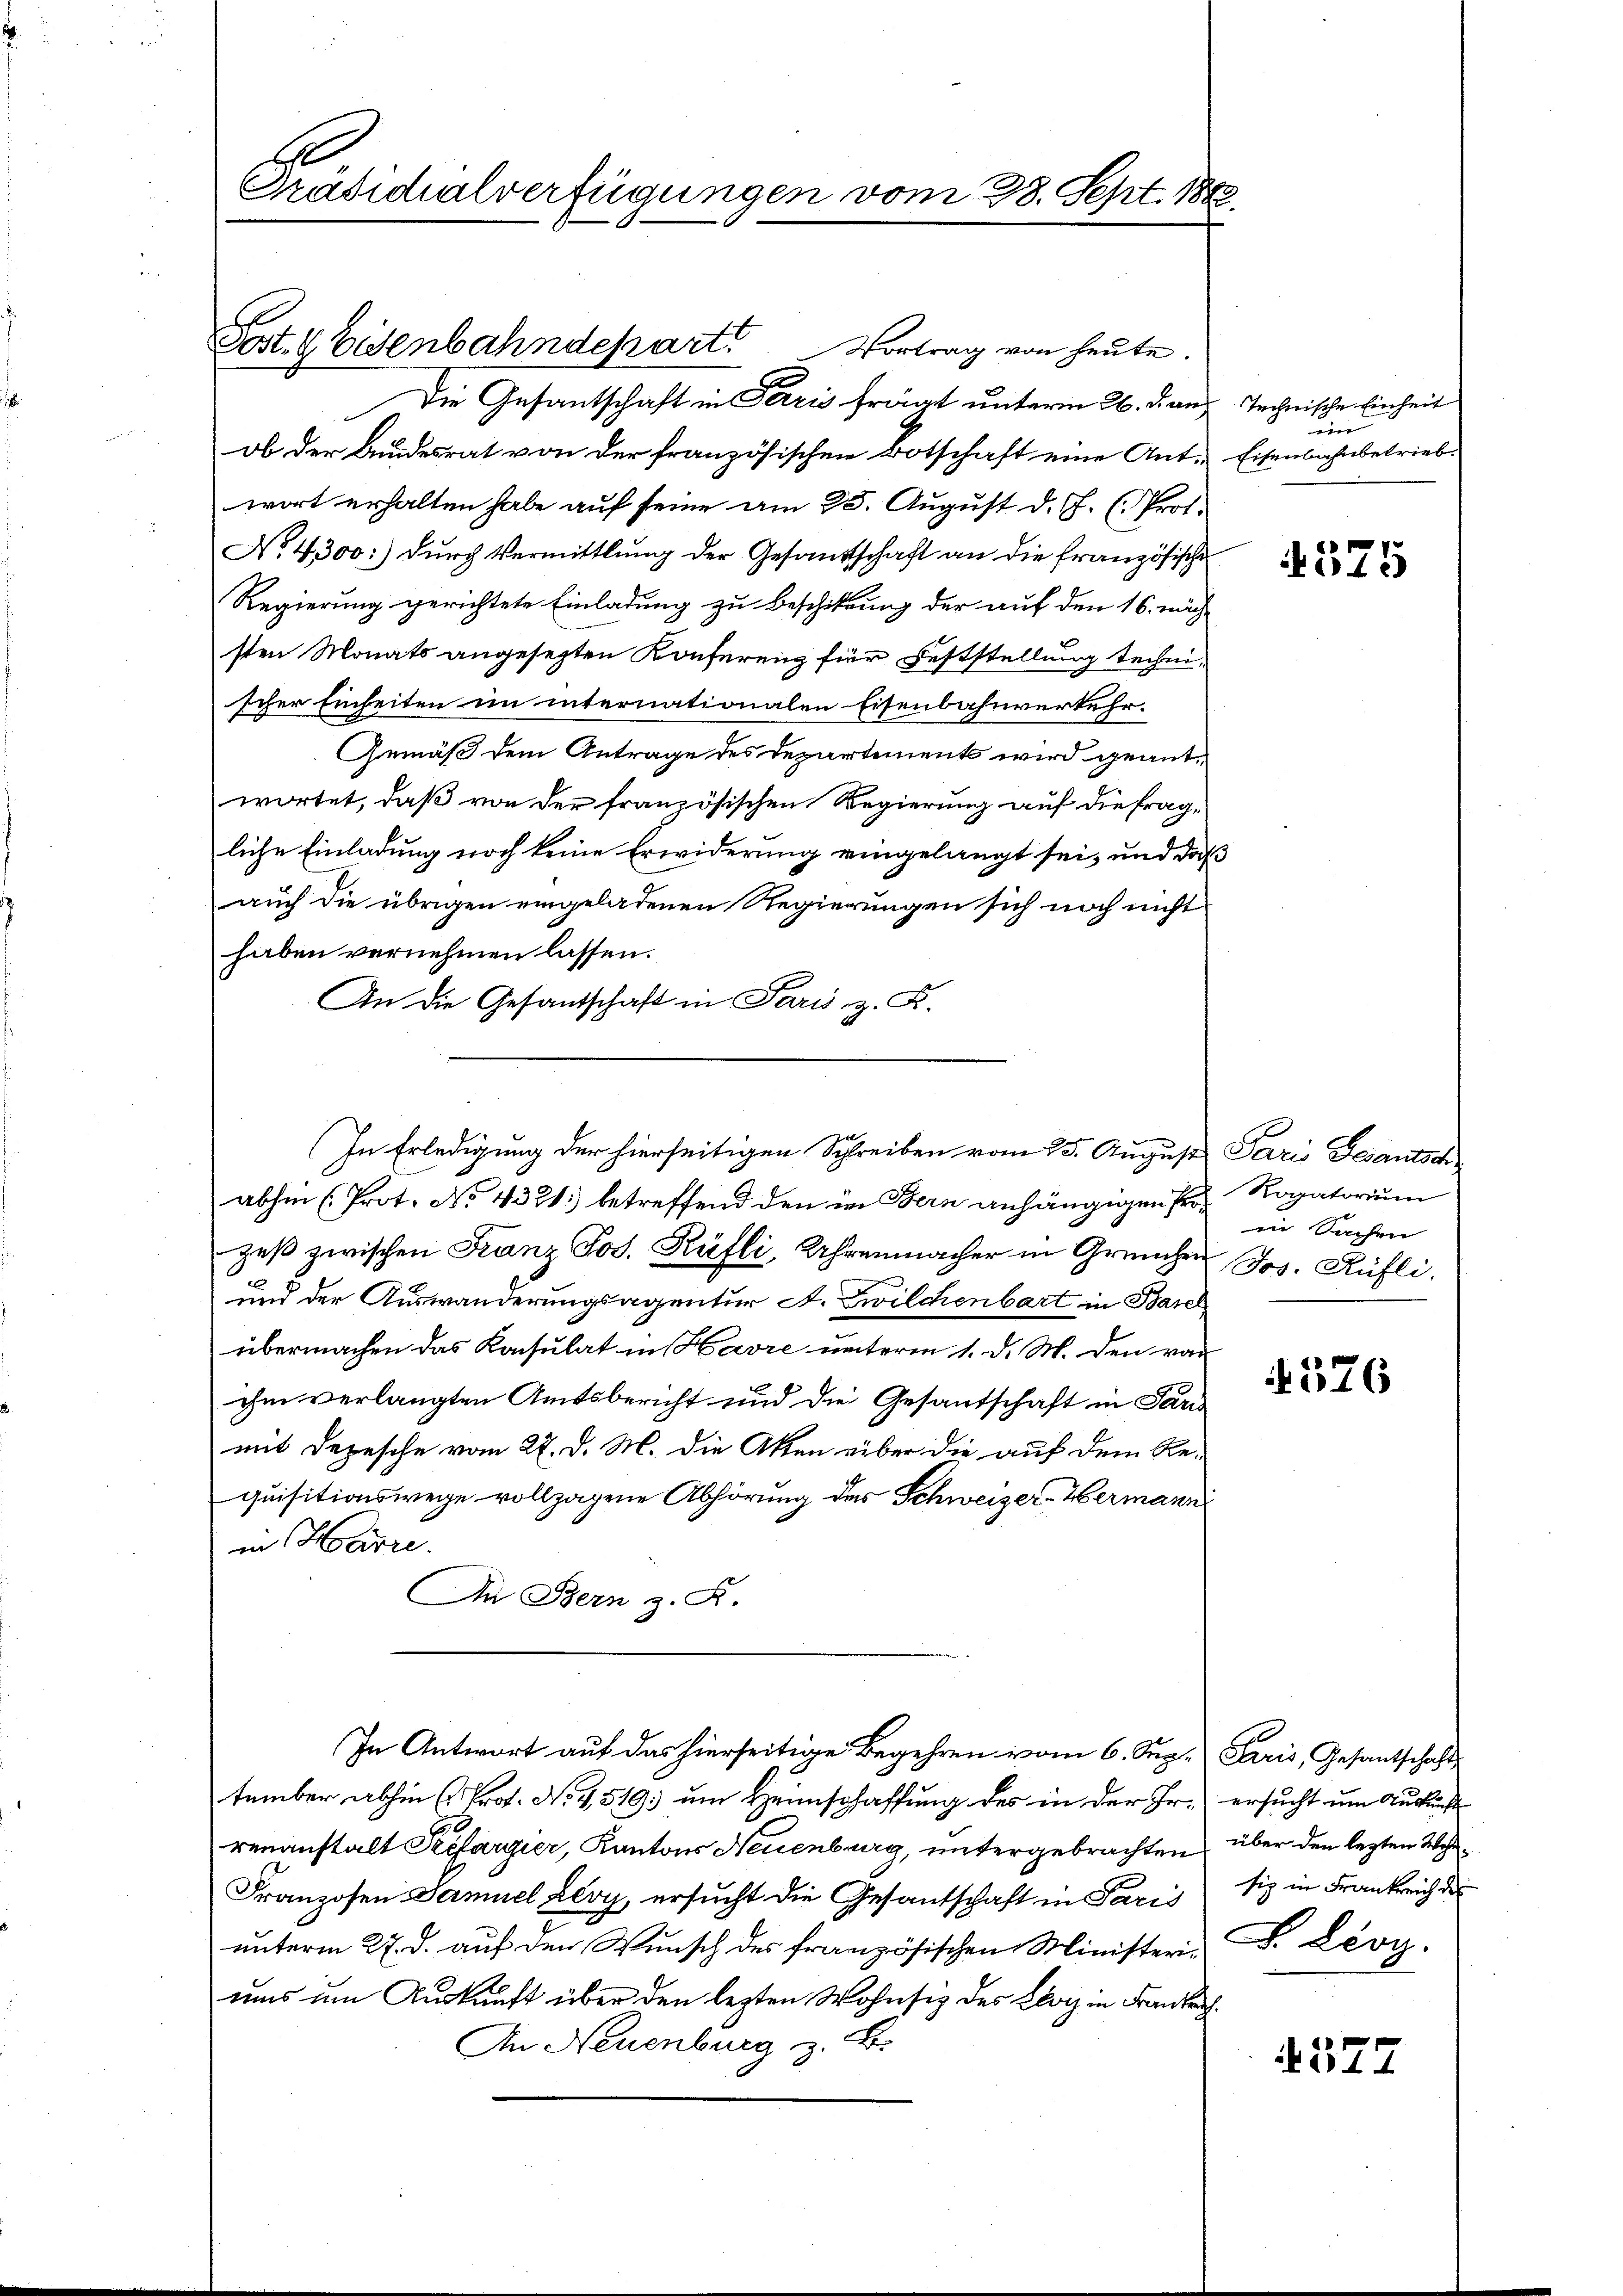
Präsidialverfügungen vom 28. Sept. 1882

Fost. Eisenbahndepart. Vortrag von heŭte.

Die Gesantschaft in Terris frägt unterm 26. Jan
ob der Bundesrat von der französischen Botschaft eine Ant-
wort erhalten habe auf seine am 25. August d. J. (Prot.
No. 4300:) durch Vermittlung der Gesandtschaft an die französische
Regierung gerichtete Einladung zu Beschikung der auf den 16. näch
sten Monats angesezten Konferenz für Feststellung technischer Einheiten im internationalen Eisenbahnverkehr.
Gemäß dem Antrage des Departements wird geantwortet, daß von der französischen Regierung auf die fragliche Einladung noch keine Erwiderung eingelangt sei, und daß
auch die übrigen eingeladenen Regierungen sich noch nicht
haben vernehmen lassen.
An die Gesandschaft in Paris z. B.
abhin (Prot. No 4331 betreffend den im Bern anhängigen Pro Rogatorium
zeβ zwischen Franz Jos. Küfli, Uhrenmacher in Grenzen Jos. Rüfli.
und der Auswanderungsagentur A. Zwilchenbart in Basel
übermachen das Konsulat in Havre unterm 1. d. M. den von
ihm verlangten Amtsbericht und die Gesantschaft in Par
mit Depesche vom 27. d. M. die Akten rüber die auf dem Re-
quisitionswege vollzogene Abhörung der Schweizer-Hermann
in Harre.
In Bern z. R.
In Antwort auf das hierseitige Begehren vom 6. Sup. Paris, Gesantschafts
tember abhin (Prof. No 4,519; um Heimschaffung des in der Fr. ersucht um Auskunft
renanstalt Seefargier, Kantons Neuenburg, untergebrachten über den lezten Wohn¬
Franzosen Samuel Zevy, ersucht die Gesantschaft in Paris
unterm 27. d. auf den Wunsch des französischen Ministeriuns um Auskunft über den lezten Wohnsiz des Klotz in Frankrech
An Neuenburg z. B.

In Erledigung der hierseitigen Schreiben vom 25. August Paris Gesantsch

Technische Einheit
e
Eisenbahnbetrieb

4375

in Sachen

576

sig in Frankreich der
S. Leop.

4377